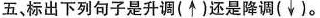
五、标出下列句子是升调(↑)还是降调(↓)。